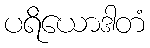
ပရိယောဒါတံ